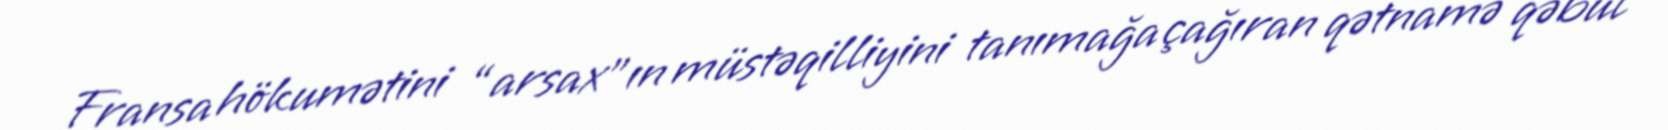
Fransa hökumətini “arsax”ın müstəqilliyini tanımağa çağıran qətnamə qəbul